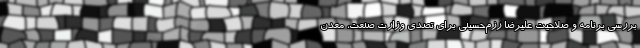
بررسی برنامه و صلاحیت علیرضا رزم‌حسینی برای تصدی وزارت صنعت، معدن